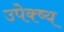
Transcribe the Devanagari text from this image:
उपेक्ष्य